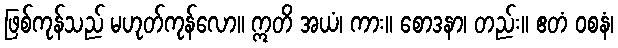
ဖြစ်ကုန်သည် မဟုတ်ကုန်လော။ ဣတိ အယံ၊ ကား။ စောဒနာ၊ တည်း။ ဧတံ ဝစနံ၊